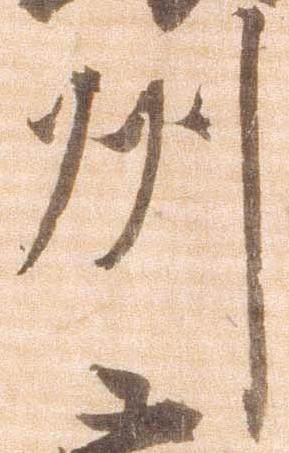
州